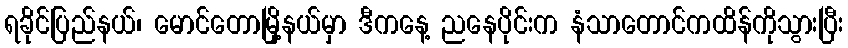
ရခိုင်ပြည်နယ်၊ မောင်တောမြို့နယ်မှာ ဒီကနေ့ ညနေပိုင်းက နံသာတောင်ကထိန်ကိုသွားပြီး